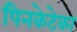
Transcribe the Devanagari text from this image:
पिनकेटेका